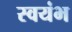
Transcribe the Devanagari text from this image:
स्वयंभ